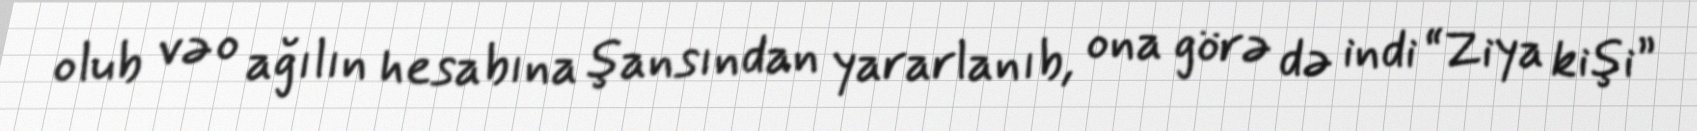
olub və o ağılın hesabına şansından yararlanıb, ona görə də indi “Ziya kişi”